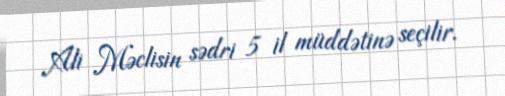
Ali Məclisin sədri 5 il müddətinə seçilir.